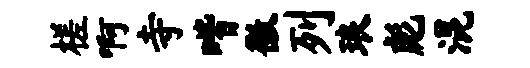
槎啊寺喈徽列琅彪混